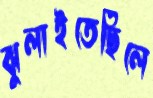
ঝুলাইতেছিলে